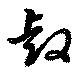
叡